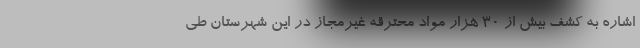
اشاره به کشف بیش از ۳۰ هزار مواد محترقه غیرمجاز در این شهرستان طی